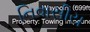
નિવાસીય